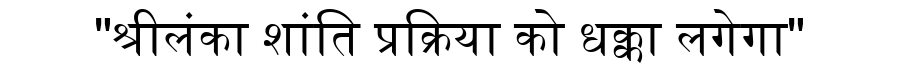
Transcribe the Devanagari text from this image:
"श्रीलंका शांति प्रक्रिया को धक्का लगेगा"